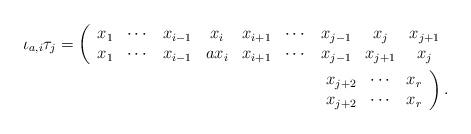
LaTeX: \begin{align*}\iota_{a,i}\tau_j=\left(\begin{array}{ccccccccccccccc}x_{1} & \cdots & x_{i-1} & x_i & x_{i+1} & \cdots & x_{j-1} & x_j & x_{j+1} \\x_{1} & \cdots & x_{i-1} & ax_i & x_{i+1} & \cdots & x_{j-1} & x_{j+1}& x_j\end{array}\right. & \\\left.\begin{array}{ccc}x_{j+2} & \cdots & x_r \\x_{j+2} & \cdots & x_r\end{array}\right). &\end{align*}